Indian journal of veterinary science and animal husbandry - Volumes 15-17, 1948-1951
Year: 1948
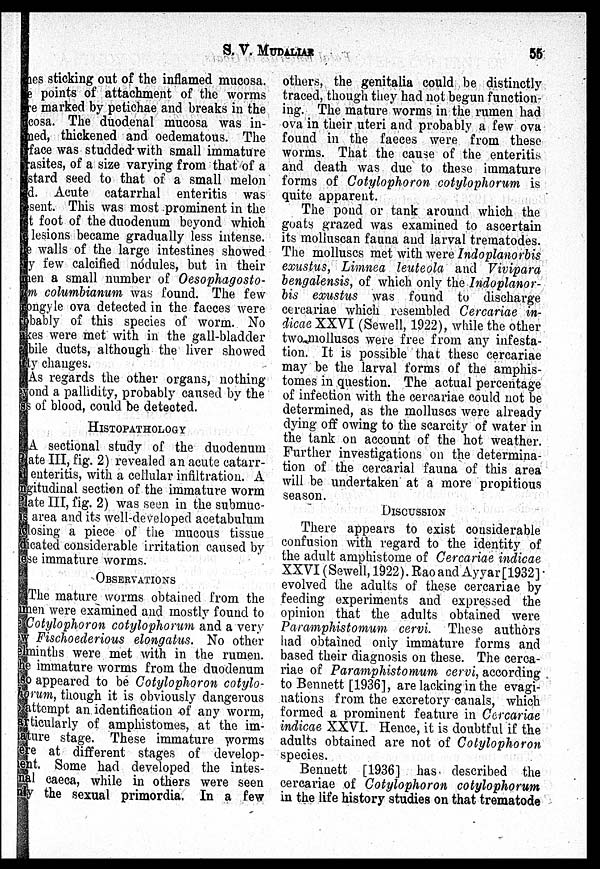
S. V.
MUDALIAR
55
mes sticking out of the inflamed mucosa.
The points of attachment of the worms
were marked by petichae and breaks in the
ucosa. The duodenal mucosa was in-
med, thickened and oedematous. The
rface was studded with small immature
arasites, of a size varying from that of a
stard seed to that of a small melon
ed. Acute catarrhal enteritis was
resent. This was most prominent in the
rst foot of the duodenum beyond which
e lesions became gradually less intense.
he walls of the large intestines showed
ery few calcified nodules, but in their
men a small number of Oesophagosto-
um columbianum was found. The few
rongyle ova detected in the faeces were
robably of this species of worm. No
ukes were met with in the gall-bladder
bile ducts, although the liver showed
tty changes.
As regards the other organs, nothing
eyond a pallidity, probably caused by the
ss of blood, could be detected.
HISTOPATHOLOGY
A sectional study of the duodenum
Plate III, fig. 2) revealed an acute catarr-
al enteritis, with a cellular infiltration. A
ngitudinal section of the immature worm
Plate III, fig. 2) was seen in the submuc-
us area and its well-developed acetabulum
closing a piece of the mucous tissue
dicated considerable irritation caused by
these immature worms.
OBSERVATION
The mature worms obtained from the
umen were examined and mostly found to
e Cotylophoron cotylophorum and a very
ew Fischoederious elongatus. No other
elminths were met with in the rumen.
he immature worms from the duodenum
also appeared to be Cotylophoron cotylo-
horum, though it is obviously dangerous
attempt an identification of any worm,
articularly of amphistomes, at the im-
--ure stage. These immature worms
ere at different stages of develop-
ent. Some had developed the intes-
nal caeca, while in others were seen
only the sexual primordia. In a few
others, the genitalia could be distinctly
traced, though they had not begun function-
ing. The mature worms in the rumen had
ova in their uteri and probably a few ova
found in the faeces were from these
worms. That the cause of the enteritis
and death was due to these immature
forms of Cotylophoron cotylophorum is
quite apparent.
The pond or tank around which the
goats grazed was examined to ascertain
its moliuscan fauna and larval trematodes.
The molluses met with were Indoplanorbis
exustus, Limnea leuteola and Vivipara
bengalensis, of which only the Indoplanor-
bis exustus was found to discharge
cercariae which resembled Cercariae in-
dicae XXVI (Sewell, 1922), while the other
two molluscs were free from any infesta-
tion. It is possible that these cercariae
may be the larval forms of the amphis-
tomes in question. The actual percentage
of infection with the cercariae could not be
determined, as the molluscs were already
dying off owing to the scarcity of water in
the tank on account of the hot weather.
Further investigations on the determina-
tion of the cercarial fauna of this area
will be undertaken at a more propitious
season.
DISCUSSION
There appears to exist considerable
confusion with regard to the identity of
the adult amphistome of Cercariae indicae
XXVI (Sewell, 1922). Rao and Ayyar [1932]
evolved the adults of these cercariae by
feeding experiments and expressed the
opinion that the adults obtained were
Paramphistomum cervi. These authors
had obtained only immature forms and
based their diagnosis on these. The cerca-
riae of Paramphistomum cervi, according
to Bennett [1936], are lacking in the evagi-
nations from the excretory canals, which
formed a prominent feature in Cercariae
indicae XXVI. Hence, it is doubtful if the
adults obtained are not of Cotylophoron
species.
Bennett [1936] has described the
cercariae of Cotylophoron
cotylophorum
in the life history studies on that trematode